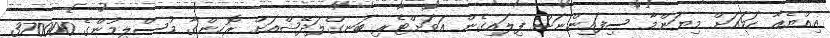
އިއްޔެއާ ހަމައަށް މިޔަންމާ ސިފައިންނަށް ފިލައިގެން އަވަށްޓެރި ބަނގްލަދޭޝްއަށް ރޮހިންގާ މުސްލިމުންގެ 370000